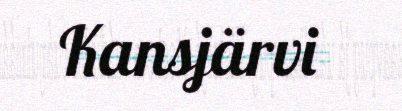
Kansjärvi